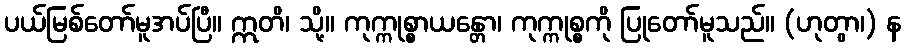
ပယ်မြစ်တော်မူအပ်ပြီ။ ဣတိ၊ သို့။ ကုက္ကုစ္စာယန္တော၊ ကုက္ကုစ္စကို ပြုတော်မူသည်။ (ဟုတွာ၊) န